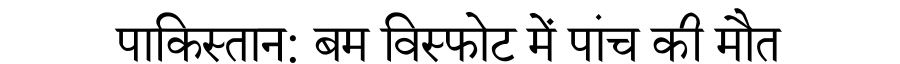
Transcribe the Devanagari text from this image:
पाकिस्तान: बम विस्फोट में पांच की मौत